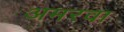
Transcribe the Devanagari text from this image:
अमरवा